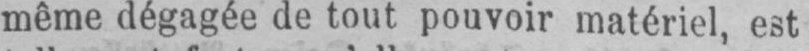
même dégagée de tout pouvoir matériel, est